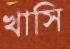
খাসি